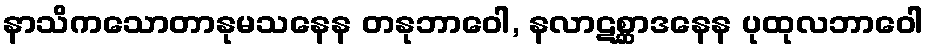
နာသိကသောတာနုမသနေန တနုဘာဝေါ, နလာဋစ္ဆာဒနေန ပုထုလဘာဝေါ